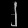
Digit: ၂